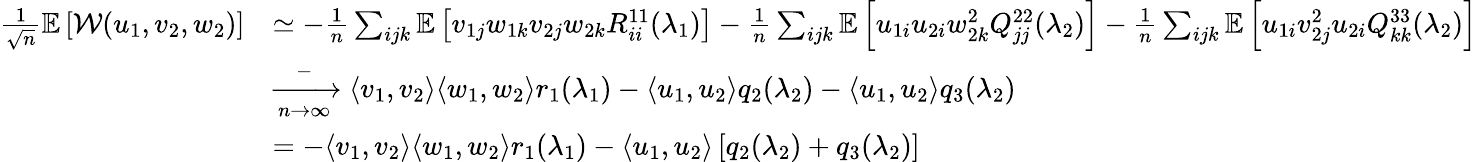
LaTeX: \begin{array}{rl}{\frac{1}{\sqrt n}\mathbb{E}\left[{\mathcal{W}}(u_{1},v_{2},w_{2})\right]}&{\simeq-\frac 1n\sum_{ijk}\mathbb{E}\left[v_{1j}w_{1k}v_{2j}w_{2k}R_{ii}^{11}(\lambda_{1})\right]-\frac 1n\sum_{ijk}\mathbb{E}\left[u_{1i}u_{2i}w_{2k}^{2}Q_{jj}^{22}(\lambda_{2})\right]-\frac 1n\sum_{ijk}\mathbb{E}\left[u_{1i}v_{2j}^{2}u_{2i}Q_{kk}^{33}(\lambda_{2})\right]}\\ &{\xrightarrow[n\to\infty]-\langle v_{1},v_{2}\rangle\langle w_{1},w_{2}\rangle r_{1}(\lambda_{1})-\langle u_{1},u_{2}\rangle q_{2}(\lambda_{2})-\langle u_{1},u_{2}\rangle q_{3}(\lambda_{2})}\\ &{=-\langle v_{1},v_{2}\rangle\langle w_{1},w_{2}\rangle r_{1}(\lambda_{1})-\langle u_{1},u_{2}\rangle\left[q_{2}(\lambda_{2})+q_{3}(\lambda_{2})\right]}\end{array}